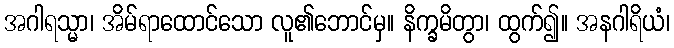
အဂါရသ္မာ၊ အိမ်ရာထောင်သော လူ၏ဘောင်မှ။ နိက္ခမိတွာ၊ ထွက်၍။ အနဂါရိယံ၊